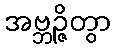
အဗ္ဘဉ္ဇိတွာ